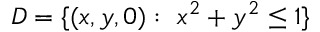
D = \{ ( x , y , 0 ) : \ x ^ { 2 } + y ^ { 2 } \leq 1 \}